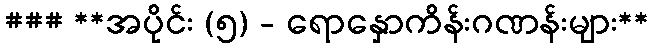
### **အပိုင်း (၅) - ရောနှောကိန်းဂဏန်းများ**